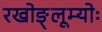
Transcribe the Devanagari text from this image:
रखोङ्लूम्योः